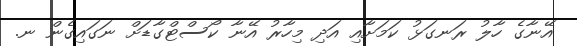
އޭނާގެ ހާލު ރަނގަޅު ކަމަށާއި އަދި މިހާރު އޭނާ ކޯސްޓްގާޑަށް ނަގައިގެން ނ.